system: You are a helpful assistant.
user:
Analyze the provided spectrum to determine if it is a **White Dwarf (WD)**.

A White Dwarf spectrum is defined by its **extreme purity** (due to gravitational settling) and/or **extreme pressure broadening** (due to high surface gravity). You must check for one of the following mutually exclusive signatures:

- **Key Visual Indicators (Check for ONE of these types):**

    - **1. DA-Type Signature (Most Common):**
        - **(Primary Feature):** Extreme pressure broadening (Stark broadening) of the **Hydrogen (H) Balmer lines**.
        - **(Key Lines):** $H\beta$ (approx. $4861$ Å) and $H\gamma$ (approx. $4340$ Å). $H\alpha$ (approx. $6563$ Å) will also be present if the wavelength range covers it.
        - **(Line Profile):** This is the **defining feature**. The lines are **NOT** sharp. They appear as massive, **extremely broad and deep "troughs" or "dips"** in the spectrum, often hundreds of Ångströms wide. The continuum will appear to "scoop" down at these wavelengths.
        - **(Distinction):** Normal A-type or B-type stars have *narrow* and *sharp* Hydrogen lines. A DA White Dwarf's lines are unmistakably "smeared" or "blurry" from pressure.

    - **2. DB-Type Signature:**
        - **(Primary Feature):** Broad absorption lines from **Neutral Helium (He I)**. The spectrum must lack any visible Hydrogen lines.
        - **(Key Lines):** Look for broad absorption near $4471$ Å, $4921$ Å, and $5876$ Å.
        - **(Line Profile):** These lines are also significantly pressure-broadened, appearing much wider than they would in a normal B-type main-sequence star.

    - **3. DC-Type Signature:**
        - **(Primary Feature):** A **featureless continuous spectrum**.
        - **(Line Profile):** The spectrum is a smooth curve with **no significant absorption or emission lines**.
        - **(Key Confirmation):** The continuum is almost always **blue or white**, indicating a hot object. This signature implies the atmosphere is so pure (or so cool) that no spectral lines are visible in the optical range. Its WD identity is confirmed by its extremely low intrinsic brightness (high absolute magnitude).

    - **4. DZ-Type Signature (Metal-Polluted):**
        - **(Primary Feature):** **Isolated, narrow metal absorption lines** on an otherwise featureless (DC-like) continuum.
        - **(Key Lines):** The **Calcium (Ca II) H & K doublet** (approx. **$3934$ Å** and **$3968$ Å**) is the most common and defining feature.
        - **(Line Profile):** These lines are "out of place." They are *not* part of a "forest" of thousands of lines. This signature is evidence of recent *accretion* (pollution) from rocky debris.
        - **(Distinction):** Normal G/K/M stars have a *dense forest* of thousands of metal lines. A DZ has a *clean* continuum with *only a few* strong metal lines.

    - **5. DQ-Type Signature (Carbon-Polluted):**
        - **(Primary Feature):** Absorption bands from **Carbon (C₂ "Swan Bands" or atomic C I)**.
        - **(Key Lines - C₂):** Look for bandheads with a "saw-tooth" shape near $5635$ Å, **$5165$ Å** (strongest), and $4737$ Å.
        - **(Key Confirmation):** The underlying **continuum must be blue or white** (hot).
        - **(Distinction):** This is the critical difference from a **Carbon Star**, which has the *exact same* C₂ bands but on an extremely **red, cool** continuum.

- **(Overall Spectrum):**
    - The continuum (overall shape) is typically **blue-sloping** (brighter in the blue than the red), as most white dwarfs are very hot.
    - The spectrum will look "pure" or "simple," dominated by only *one* of the five signatures listed above.

Think first, call **spectral_visualization_tool** if needed to examine features in detail, then provide your final answer. Your response must adhere to the following strict rules:
1.  **Overall Structure:** Your response must follow the format `<think>...</think> <tool_call>...</tool_call> (if a tool is used) <answer>...</answer>`.
2.  **Tool Usage Constraint:** You may only make **one** tool call per turn.
3.  **Final Answer Format:** In the `<answer>` tag, your conclusion must be inside a `\boxed{}` command (e.g., `\boxed{YES}` or `\boxed{NO}`), followed by your justification.

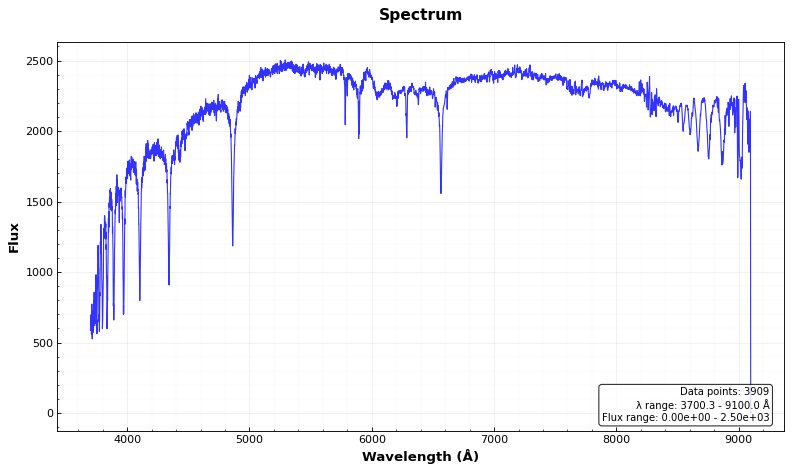
Answer: YES